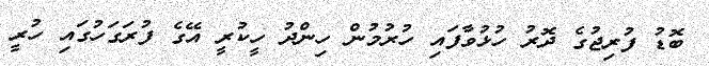
ބޮޑު ފުރިޖުގެ ދޮރު ހުޅުވާފައި ހުރުމުން ހިންދު ހީކުރީ އޭގެ ފުރަގަހުގައި ހުރީ